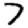
Digit: 7